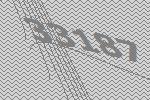
33187